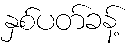
နှစ်ပတ်ခန့်